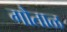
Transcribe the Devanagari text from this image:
गौताळ